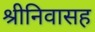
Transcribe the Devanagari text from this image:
श्रीनिवासह